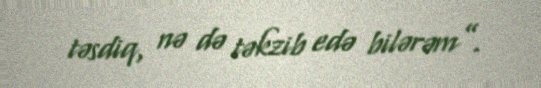
təsdiq, nə də təkzib edə bilərəm”.